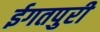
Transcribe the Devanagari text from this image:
ईगतपुरी